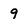
Character: 9